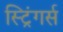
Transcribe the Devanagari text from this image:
स्ट्रिंगर्स